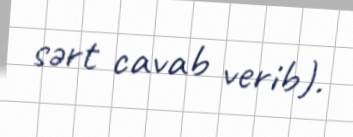
sərt cavab verib).